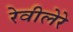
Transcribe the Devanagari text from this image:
रेवीलेरे